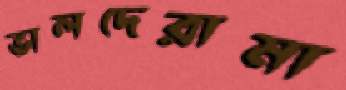
ভালদেরামা